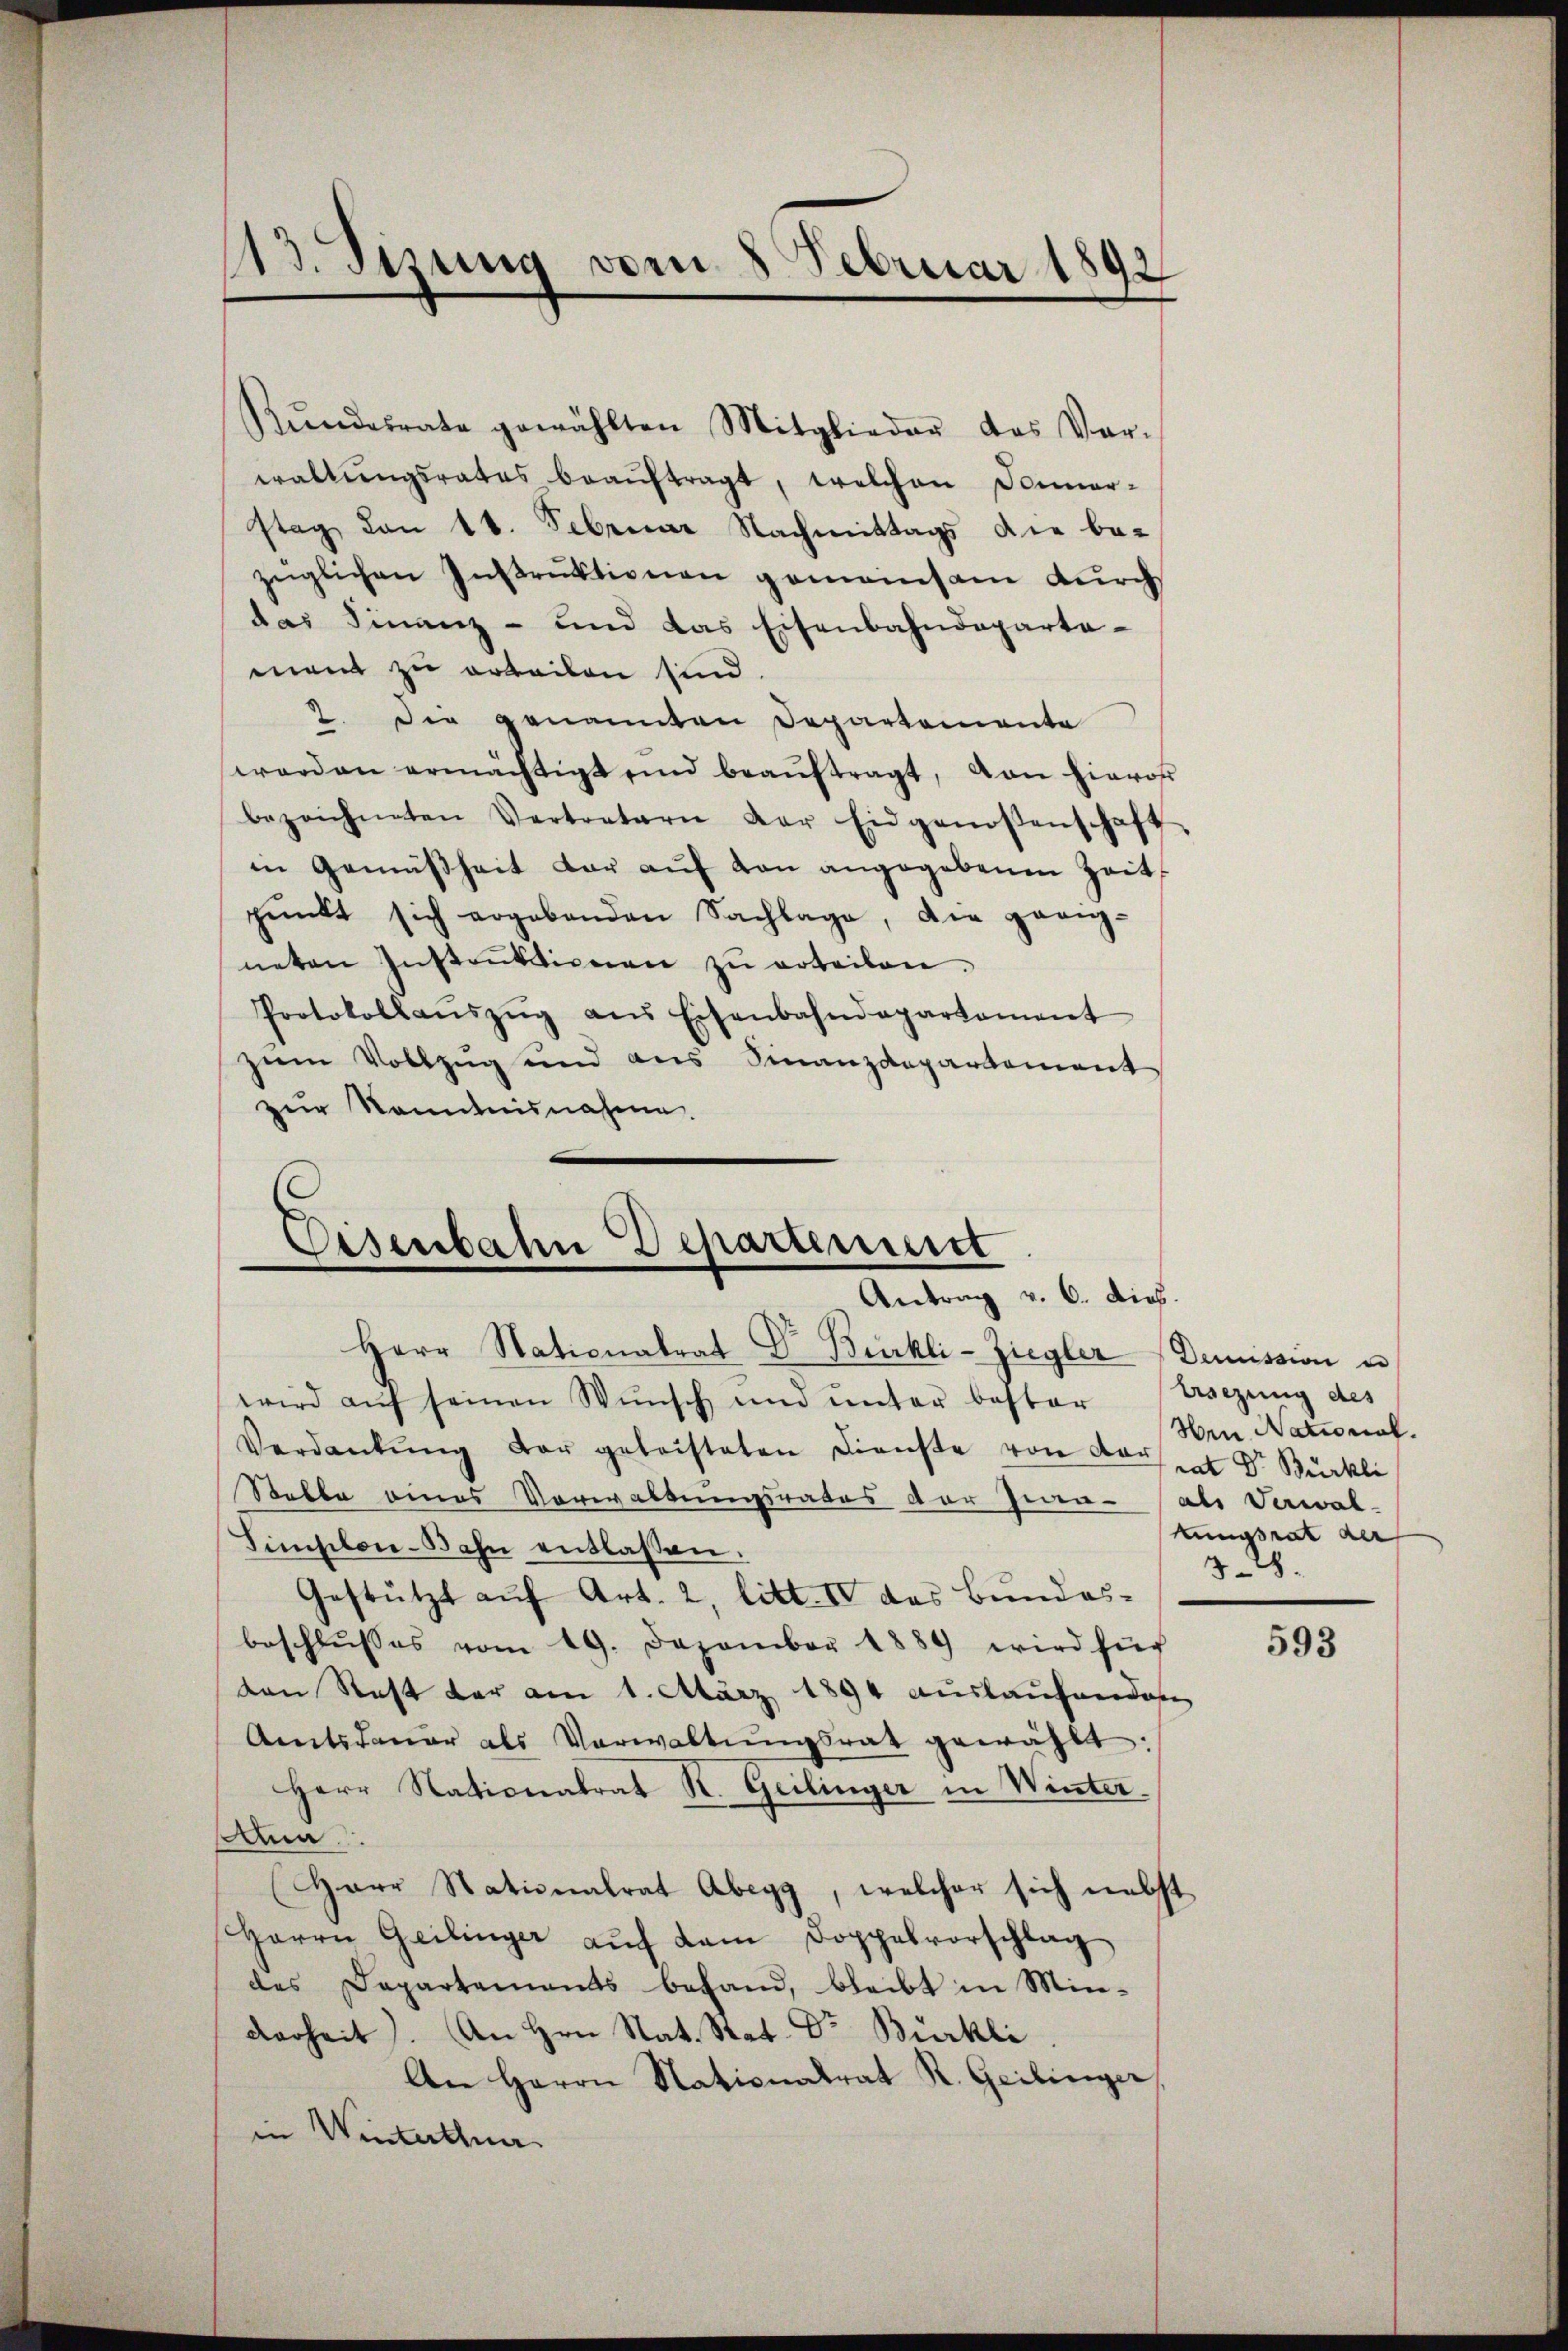
¬
.
ad. Tuzung vom 5. Februar 1892

waltŭngsrates beaŭftragt, welchen Januar-
stag von 18. Februar Nachmittags die be-
züglichen Instrŭktionen gemeinsam durch
das Finanz- und das Eisenbahndeparta-
ment zu arbeilen sind.
2. Die genannten Departemente
worden ermächtigt und beaŭftragt, von hieros
bezeichneten Vertretern der Eidgenossenschaft,
in Gemäßheit dar aŭf von angegebenen Zeit
pŭnkt sich ergebenden Sachlage, die geeig-
neten Instanktionen zŭ erteilen.
Protokollaŭszŭg aŭs Eisenbahndepartament
zum Vollzug und aus Finanzdepartement
zur Kenntnisnahme.
Eisenbahn Departement

ŭndesrate gewählten Mitglieder das Ver-

Antrag v. 6. dies

Herr Stationalrat Dr. Bürkli-Ziegler (Demission u
wird auf seinen Wunsch und unter bester Ersezung des
Verdankŭng der geleisteten Dienste von Konsent Dr. Bürkli
Stelle eines Vorwaltungsrates der Iwen- als Verwal-
Simplon-Bahn entlassen.
Gestützt auf Art. 2, litt. IV das Bundes-
beschlŭsses vom 19. Dezember 1889 wird für
von Rest der am 1. März 1894 auslaufenden
Amtsdauer als Verwaltŭngsrat gewählt:
Herr Stationalrat R. Geilinger in Winter.
ma.
Herr Stationalrat Abegg, welcher sich nebst
Herrn Geilinger aŭf dem Doppelvorschlag
des Departements behand, bleibt in Minderheit). An Hrn. Nat. Stat. Dr Bürkli
An Herrn Nationalrat R. Geilinger
in Winterthur

Hen National.
kungsrat der
38.

593